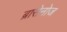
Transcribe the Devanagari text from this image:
ब्रासेनोज